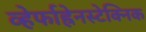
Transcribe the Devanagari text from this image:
व्हेर्फाह्रेनस्टेक्निक